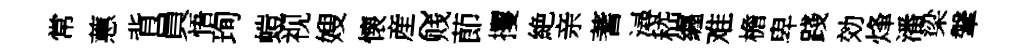
常蕙背員悟珣螘视嫂懐産~贱莭攫絶亲蓍潯嵇纒难檐卑踐効烽潘梁鞶